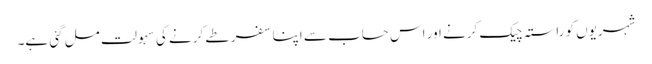
شہریوں کو راستہ چیک کرنے اور اس حساب سے اپنا سفر طے کرنے کی سہولت مل گئی ہے۔